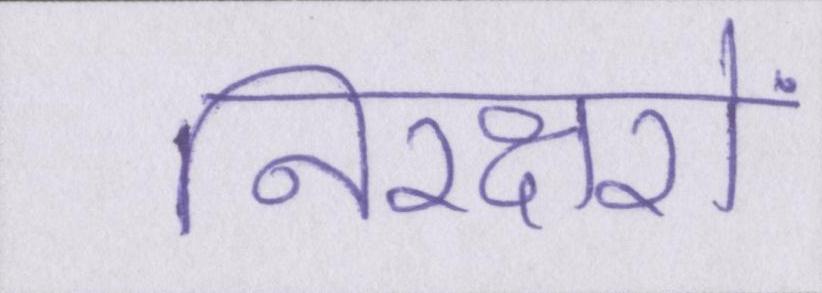
निरक्षरों